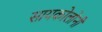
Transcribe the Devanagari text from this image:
सायकोलोनी